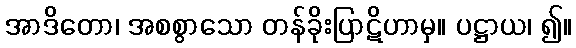
အာဒိတော၊ အစစွာသော တန်ခိုးပြာဋိဟာမှ။ ပဋ္ဌာယ၊ ၍။